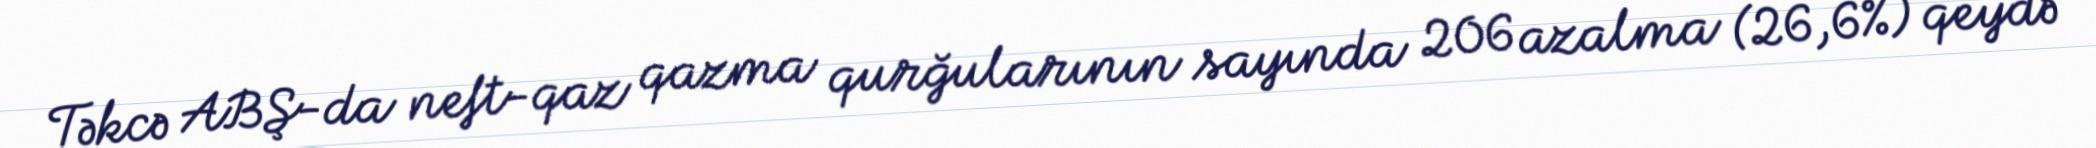
Təkcə ABŞ-da neft-qaz qazma qurğularının sayında 206 azalma (26,6%) qeydə